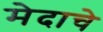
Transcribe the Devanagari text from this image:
मेदाचे